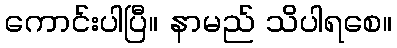
ကောင်းပါပြီ။ နာမည် သိပါရစေ။